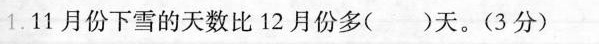
1.11月份下雪的天数比12月份多( )天。(3分）